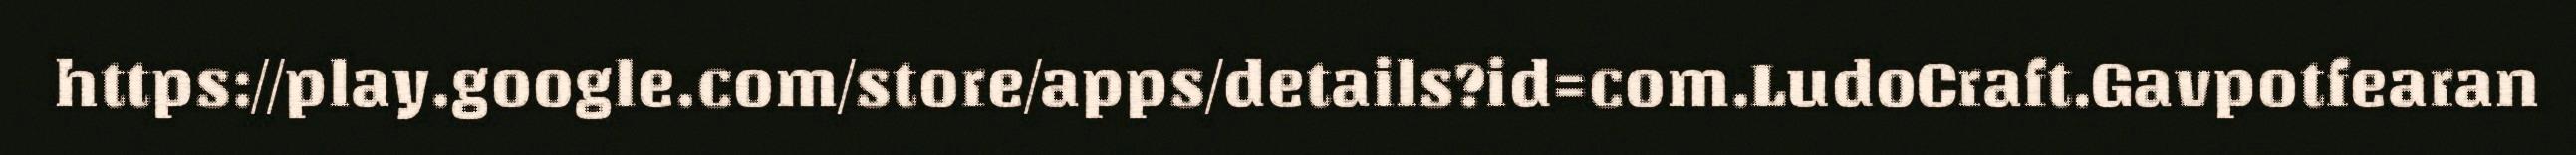
https://play.google.com/store/apps/details?id=com.LudoCraft.Gavpotfearan